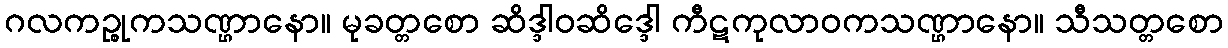
ဂလကဉ္စုကသဏ္ဌာနော။ မုခတ္တစော ဆိဒ္ဒါဝဆိဒ္ဒေါ ကီဋကုလာဝကသဏ္ဌာနော။ သီသတ္တစော